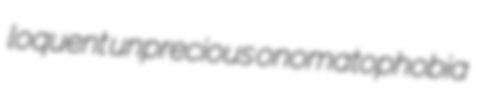
loquent unprecious onomatophobia